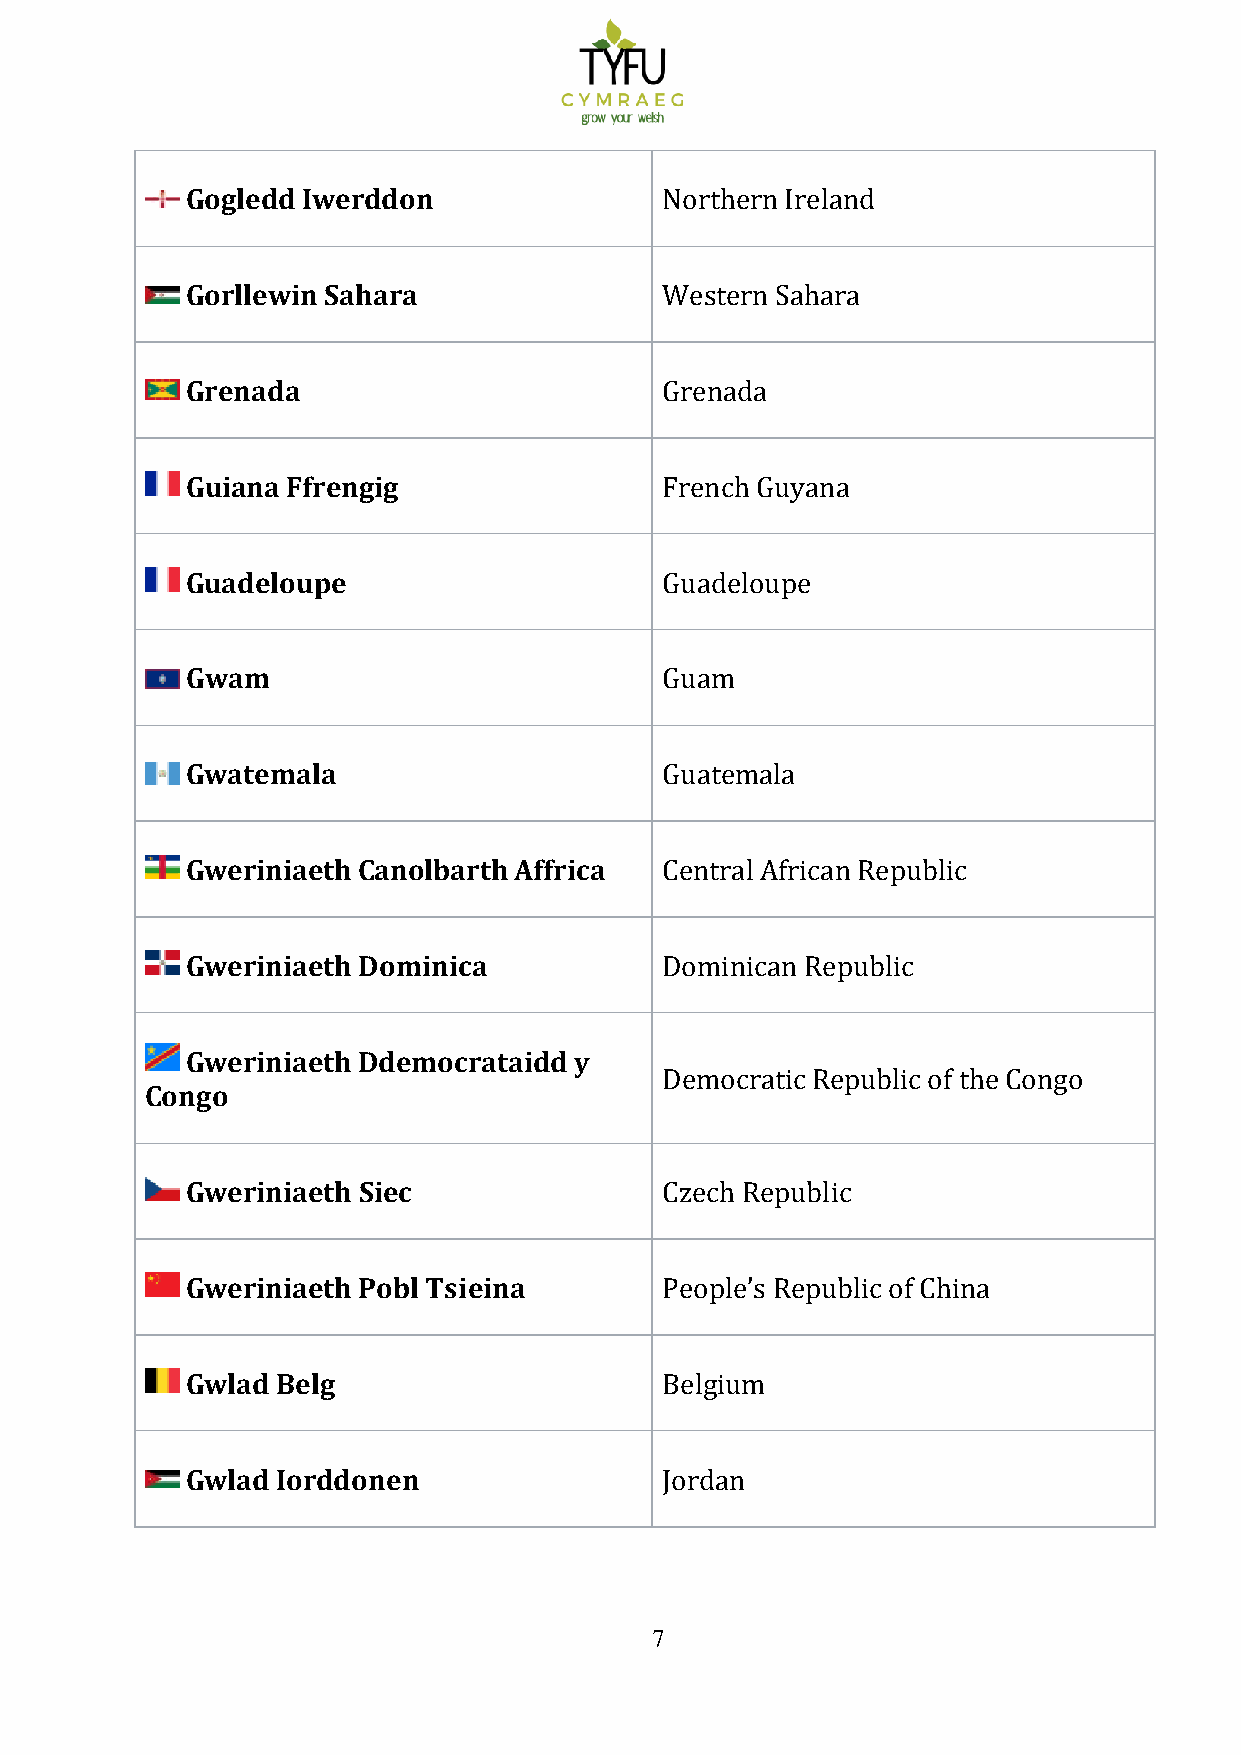
Gogledd Iwerddon
 Northern Ireland
 Gorllewin Sahara
 Western Sahara
 Grenada
 Grenada
 Guiana Ffrengig
 French Guyana
 Guadeloupe
 Guadeloupe
 Gwam
 Guam
 Gwatemala
 Guatemala
 Gweriniaeth Canolbarth Affrica
 Central African Republic
 Gweriniaeth Dominica
 Dominican Republic
 Gweriniaeth Ddemocrataidd y
 Congo
 Democratic Republic of the Congo
 Gweriniaeth Siec
 Czech Republic
 Gweriniaeth Pobl Tsieina
 People’s Republic of China
 Gwlad Belg
 Belgium
 Gwlad Iorddonen
 Jordan
 7